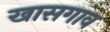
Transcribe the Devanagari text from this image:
खासगाव